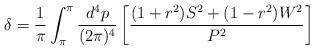
LaTeX: \begin{align*}\delta=\frac{1}{\pi}\int_{\pi}^{\pi}\frac{d^4p}{(2\pi)^4}\left[\frac{(1+r^2)S^2+(1-r^2)W^2}{P^2}\right]\end{align*}